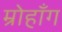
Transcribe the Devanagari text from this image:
म्रोहाँग